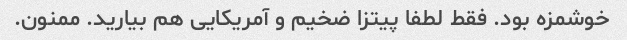
خوشمزه بود. فقط لطفا پیتزا ضخیم و آمریکایی هم بیارید. ممنون.